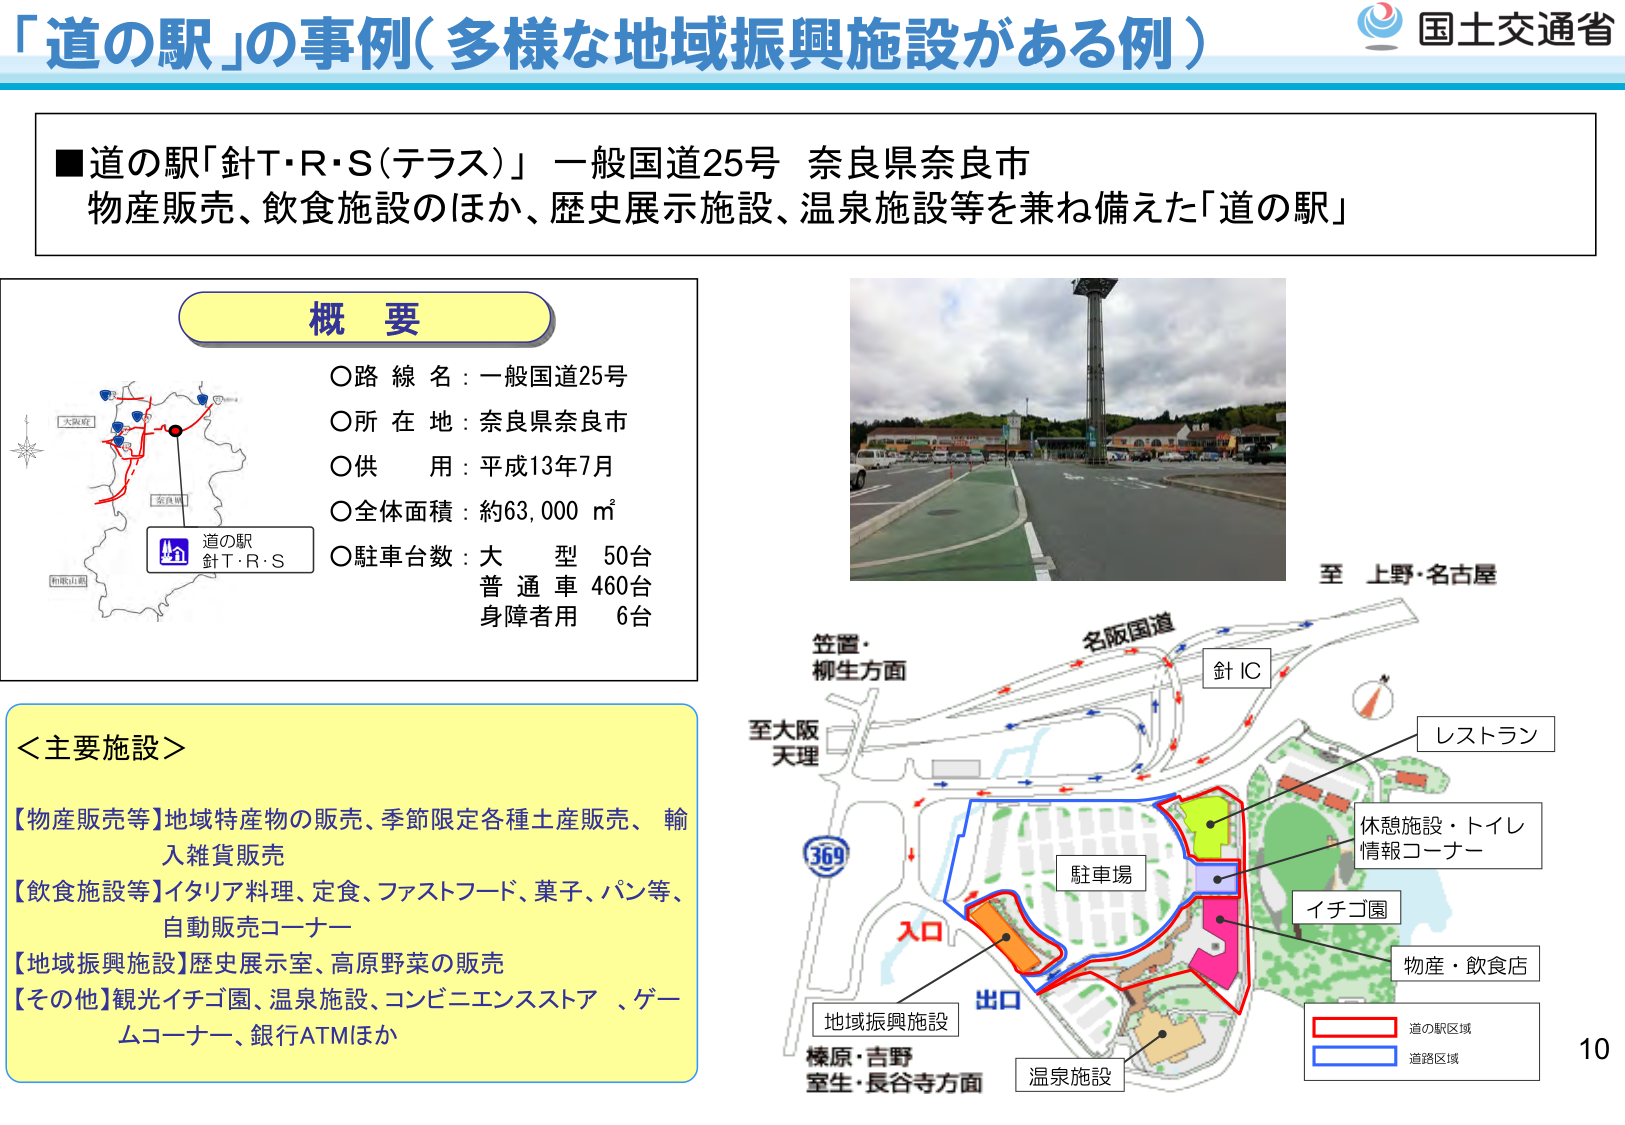
「道の駅」の事例（多様な地域振興施設がある例）

■道の駅「針T・R・S（テラス）」 一般国道25号 奈良県奈良市
物産販売、飲食施設のほか、歴史展示施設、温泉施設等を兼ね備えた「道の駅」

概要
○路線名：一般国道25号
○所在地：奈良県奈良市
○供用：平成13年7月
○全体面積：約63,000 ㎡
○駐車台数：大型 50台
　　　　　　普通車 460台
　　　　　　身障者用 6台

＜主要施設＞
【物産販売等】地域特産物の販売、季節限定各種土産販売、輸入雑貨販売
【飲食施設等】イタリア料理、定食、ファストフード、菓子、パン等、自動販売コーナー
【地域振興施設】歴史展示室、高原野菜の販売
【その他】観光イチゴ園、温泉施設、コンビニエンスストア、ゲームコーナー、銀行ATMほか

至 上野・名古屋
笠置・柳生方面
名阪国道
針IC
至大阪
天理
369
入口
出口
地域振興施設
榛原・吉野
室生・長谷寺方面
駐車場
レストラン
休憩施設・トイレ
情報コーナー
イチゴ園
物産・飲食店
温泉施設
道の駅区域
道路区域
国土交通省
10